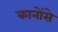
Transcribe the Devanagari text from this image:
कानोंसे